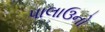
પાલાઉનો